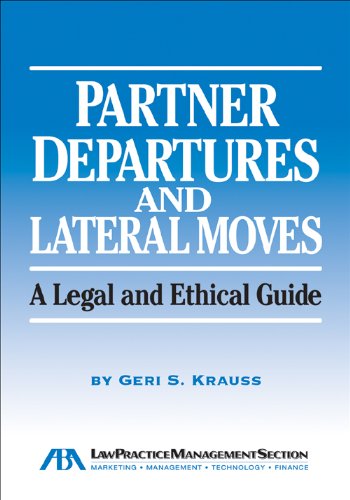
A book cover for Partner Departures and Lateral Moves: A Legal and Ethical Guide; Geri S. Krauss; Law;